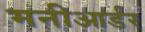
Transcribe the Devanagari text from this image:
मनीआर्डर